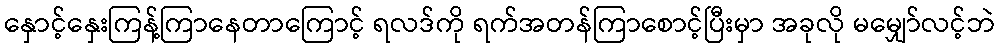
နှောင့်နှေးကြန့်ကြာနေတာကြောင့် ရလဒ်ကို ရက်အတန်ကြာစောင့်ပြီးမှာ အခုလို မမျှော်လင့်ဘဲ